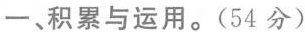
一、积累与运用。(54分)